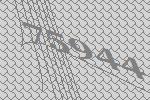
75944